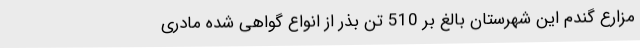
مزارع گندم این شهرستان بالغ بر 510 تن بذر از انواع گواهی شده مادری